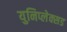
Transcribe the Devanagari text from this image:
युनिप्लेक्सड